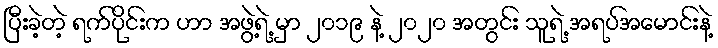
ပြီးခဲ့တဲ့ ရက်ပိုင်းက ဟာ အဖွဲ့ရဲ့ မှာ ၂၀၁၉ နဲ့ ၂၀၂၀ အတွင်း သူရဲ့ အရပ်အမောင်းနဲ့